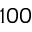
1 0 0